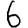
Digit: 6